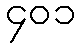
၄၀၁